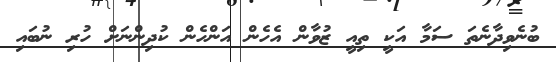
ބުނެވިދާނެތަ ސަމާ އަކީ ތިއީ ޒުވާން އެހެން އަންހެން ކުދިންނަށް ހުރި ނުބައި